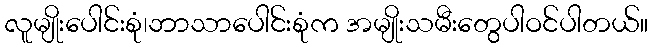
လူမျိုးပေါင်းစုံ၊ဘာသာပေါင်းစုံက အမျိုးသမီးတွေပါဝင်ပါတယ်။